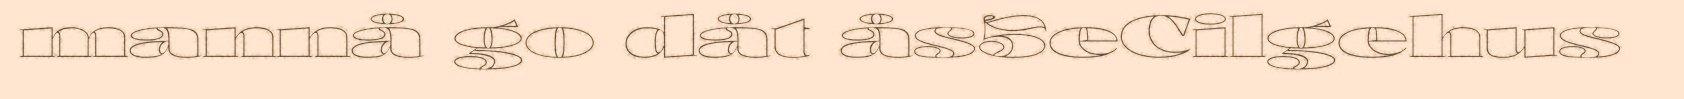
mannå go dåt ås5eCilgehus